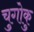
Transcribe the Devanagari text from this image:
चुगोकु